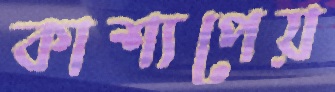
কাশ্যপেয়